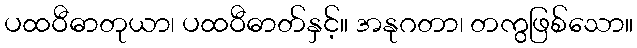
ပထဝီဓာတုယာ၊ ပထဝီဓာတ်နှင့်။ အနုဂတာ၊ တကွဖြစ်သော။